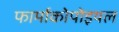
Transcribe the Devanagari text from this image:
फार्माकोपोइयल